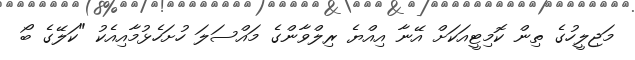
މަޖިލީހުގެ ތިން ކޮމިޓީއަކަށް އޭނާ އިއްޔެ ރިލްވާންގެ މައްސަލަ ހުށަހެޅުމާއިއެކު "ކަލޭގެ ބޯ